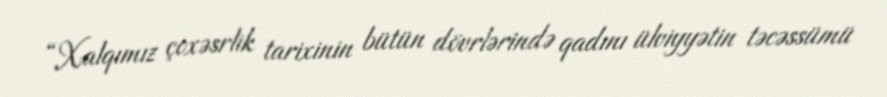
“Xalqımız çoxəsrlik tarixinin bütün dövrlərində qadını ülviyyətin təcəssümü